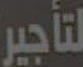
لتأجير